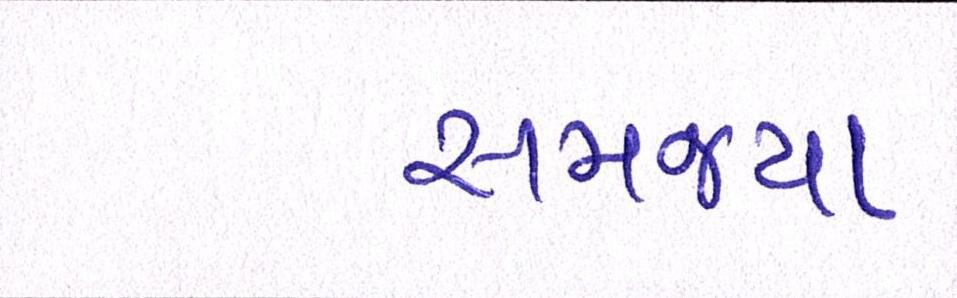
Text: સમજ્યા